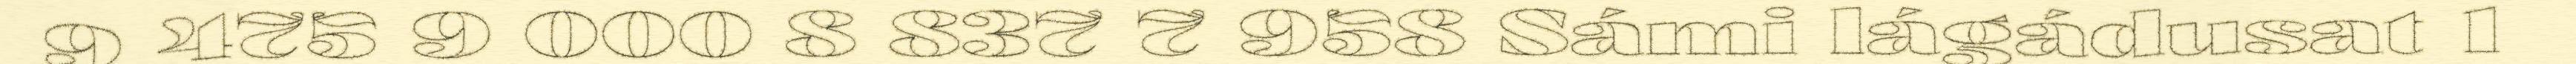
9 475 9 000 8 837 7 958 Sámi lágádusat 1